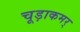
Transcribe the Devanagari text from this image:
चूड़ाकमर्